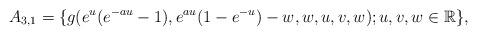
LaTeX: \begin{align*} A_{3,1}=\{g(e^{u}(e^{-au}-1),e^{au}(1-e^{-u})-w,w,u,v,w); u,v,w \in \mathbb R\}, \end{align*}